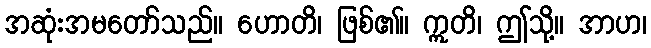
အဆုံးအမတော်သည်။ ဟောတိ၊ ဖြစ်၏။ ဣတိ၊ ဤသို့။ အာဟ၊